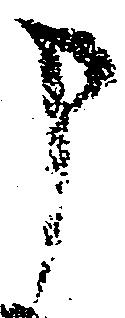
申